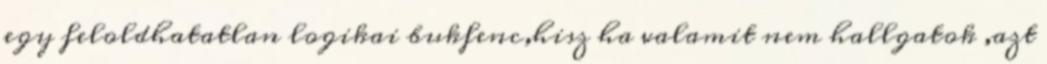
egy feloldhatatlan logikai bukfenc,hisz ha valamit nem hallgatok ,azt